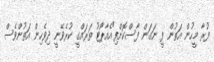
ފުރާ މީހުން އަތުން ފީ ނަގަން ފާސްކޮށްފި"އެއާޕޯޓު ތަރައްގީ ކުރެވޭނީ ދިވެހިން އަތުންވެސް